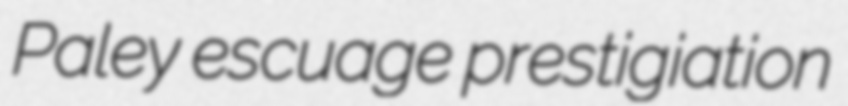
Paley escuage prestigiation